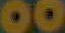
00